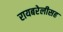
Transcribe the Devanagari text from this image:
रायबरेलीसह